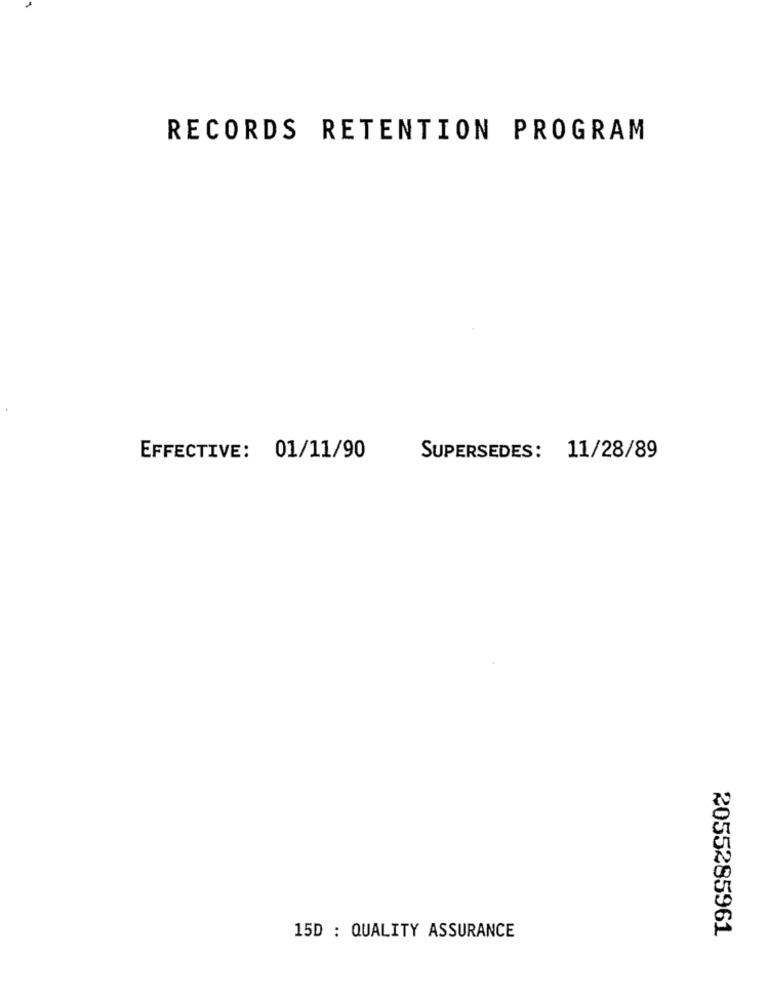
RECORDS RETENTION PROGRAM
EFFECTIVE: 01/11/90
SUPERSEDES: 11/28/89
2055285961
15D : QUALITY ASSURANCE